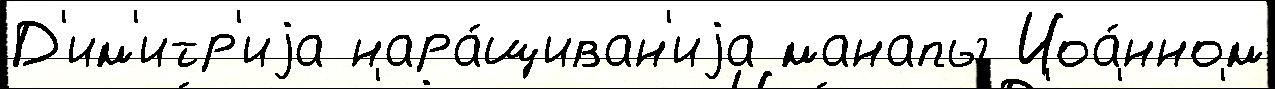
Д'им'итр'иjа нара́щиван'иjа манапы Иоа́нном